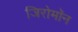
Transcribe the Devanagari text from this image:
जिरोमॉन